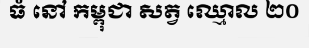
ធំ នៅ កម្ពុជា សត្វ ឈ្មោល ២០